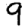
Digit: 9